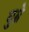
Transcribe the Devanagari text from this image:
घुम्ने